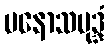
မနောသမုဒ္ဒံ